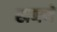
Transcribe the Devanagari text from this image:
खणणें